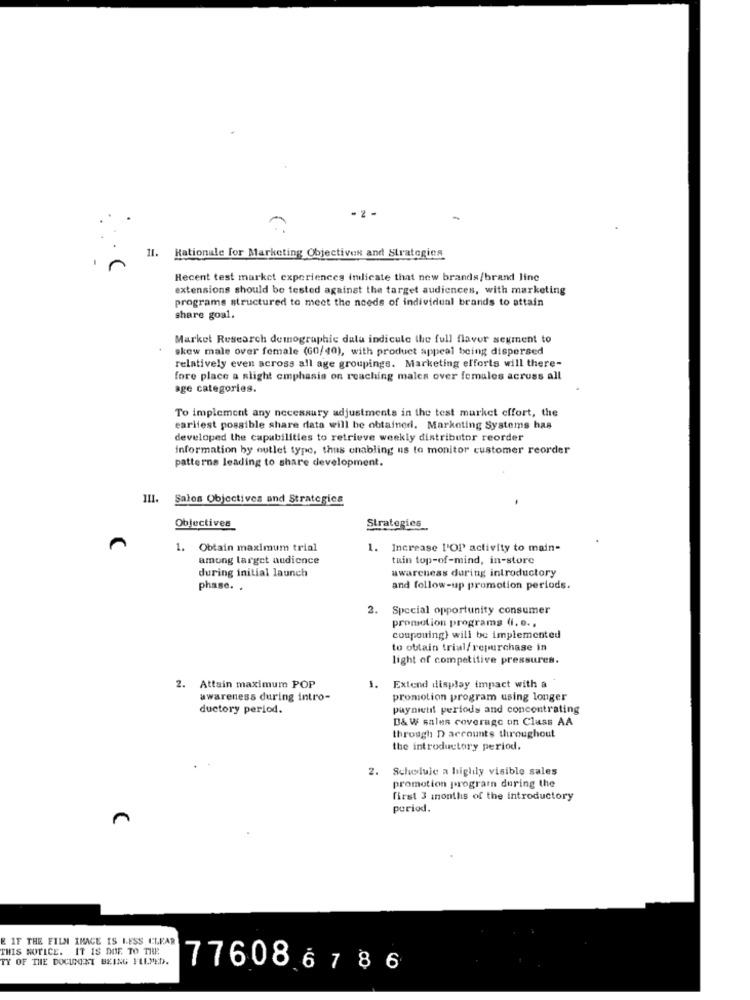
-
11.
Rationale for Marketing Objectives and Strategies
Recent test market experiences indicate that new brands/brand line
extensions should be tested against the target audiences, with marketing
programs structured to meet the needs of individual brands to attain
share goal.
Market Research demographic dalu indicute the full flavor segment to
skew male over female (GO/40), with product appeal being dispersed
relatively even across all age groupings. Marketing efforts will there-
fore place a slight emphasis on reaching males over females across all
age categories.
To implement any necessary adjustments in the test market effort, the
earilest possible share data will be obtained. Marketing Systems has
developed the capabilities to retrieve weekly distributor reorder
information by outlet type, thus enabling us to monitor customer reorder
patterns leading to share development.
Sales Objectives and Strategies
Objectives
Strategies_
1.
Obtain maximum trial
1. Increase l'OP activity to main-
among target audience
tain top-of-mind, in-store
during initial launch
awarchess during introductory
phase. .
and follow-up promotion periods.
2. Special opportunity consumer
promotion programs (i. e. ,
couponing) will be implemented
to obtain trial/ repurchase in
light of competitive pressures.
2. Attain maximum POP
1.
Extend display impact with a
awareness during intro-
promotion program using longer
ductory period.
paynietil periods and concentrating
D& W sales coverage un Class AA
through D accounts throughout
the introductory period.
. Scheluje a highly visible sales
promotion program during the
first 3 months of the introductory
period.
IF THE FILM IMAGE IS LESS CLEAR
THIS NOTICE. IT IS DOE. TO THE
TY OF THE DOCUMENT BEING FLLMED.
7760867 86